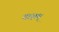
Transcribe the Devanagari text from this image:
याज्ञम्